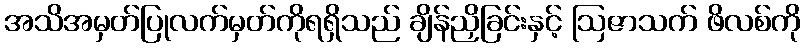
အသိအမှတ်ပြုလက်မှတ်ကိုရရှိသည် ချိန်ညှိခြင်းနှင့် ဩဇာသက် ဖိလစ်ကို